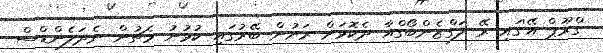
'ގްރޫޕް އޭ'ގައި ރޭ ލަގްޒެންބޯގްއާ ދެކޮޅަށް ރަށުން ބޭރުގައި ކުޅުނު މެޗުން ނެދަލެންޑްސް